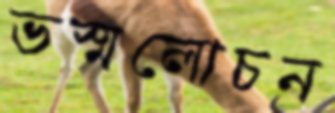
ভস্মলোচন